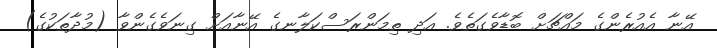
އޭނާ އެއުރެންގެ މައްޗަށް ބޮޑާވެގަތެވެ. އަދި ތިމަންރަސްކަލާނގެ އޭނާއަށް ގިނަވެގެންވާ (މުދާތަކުގެ)